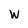
Character: W